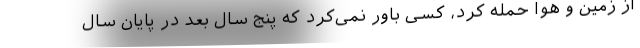
از زمین و هوا حمله کرد، کسی باور نمی‌کرد که پنج سال بعد در پایان سال